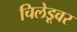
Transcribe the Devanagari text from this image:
चिलेडूवर